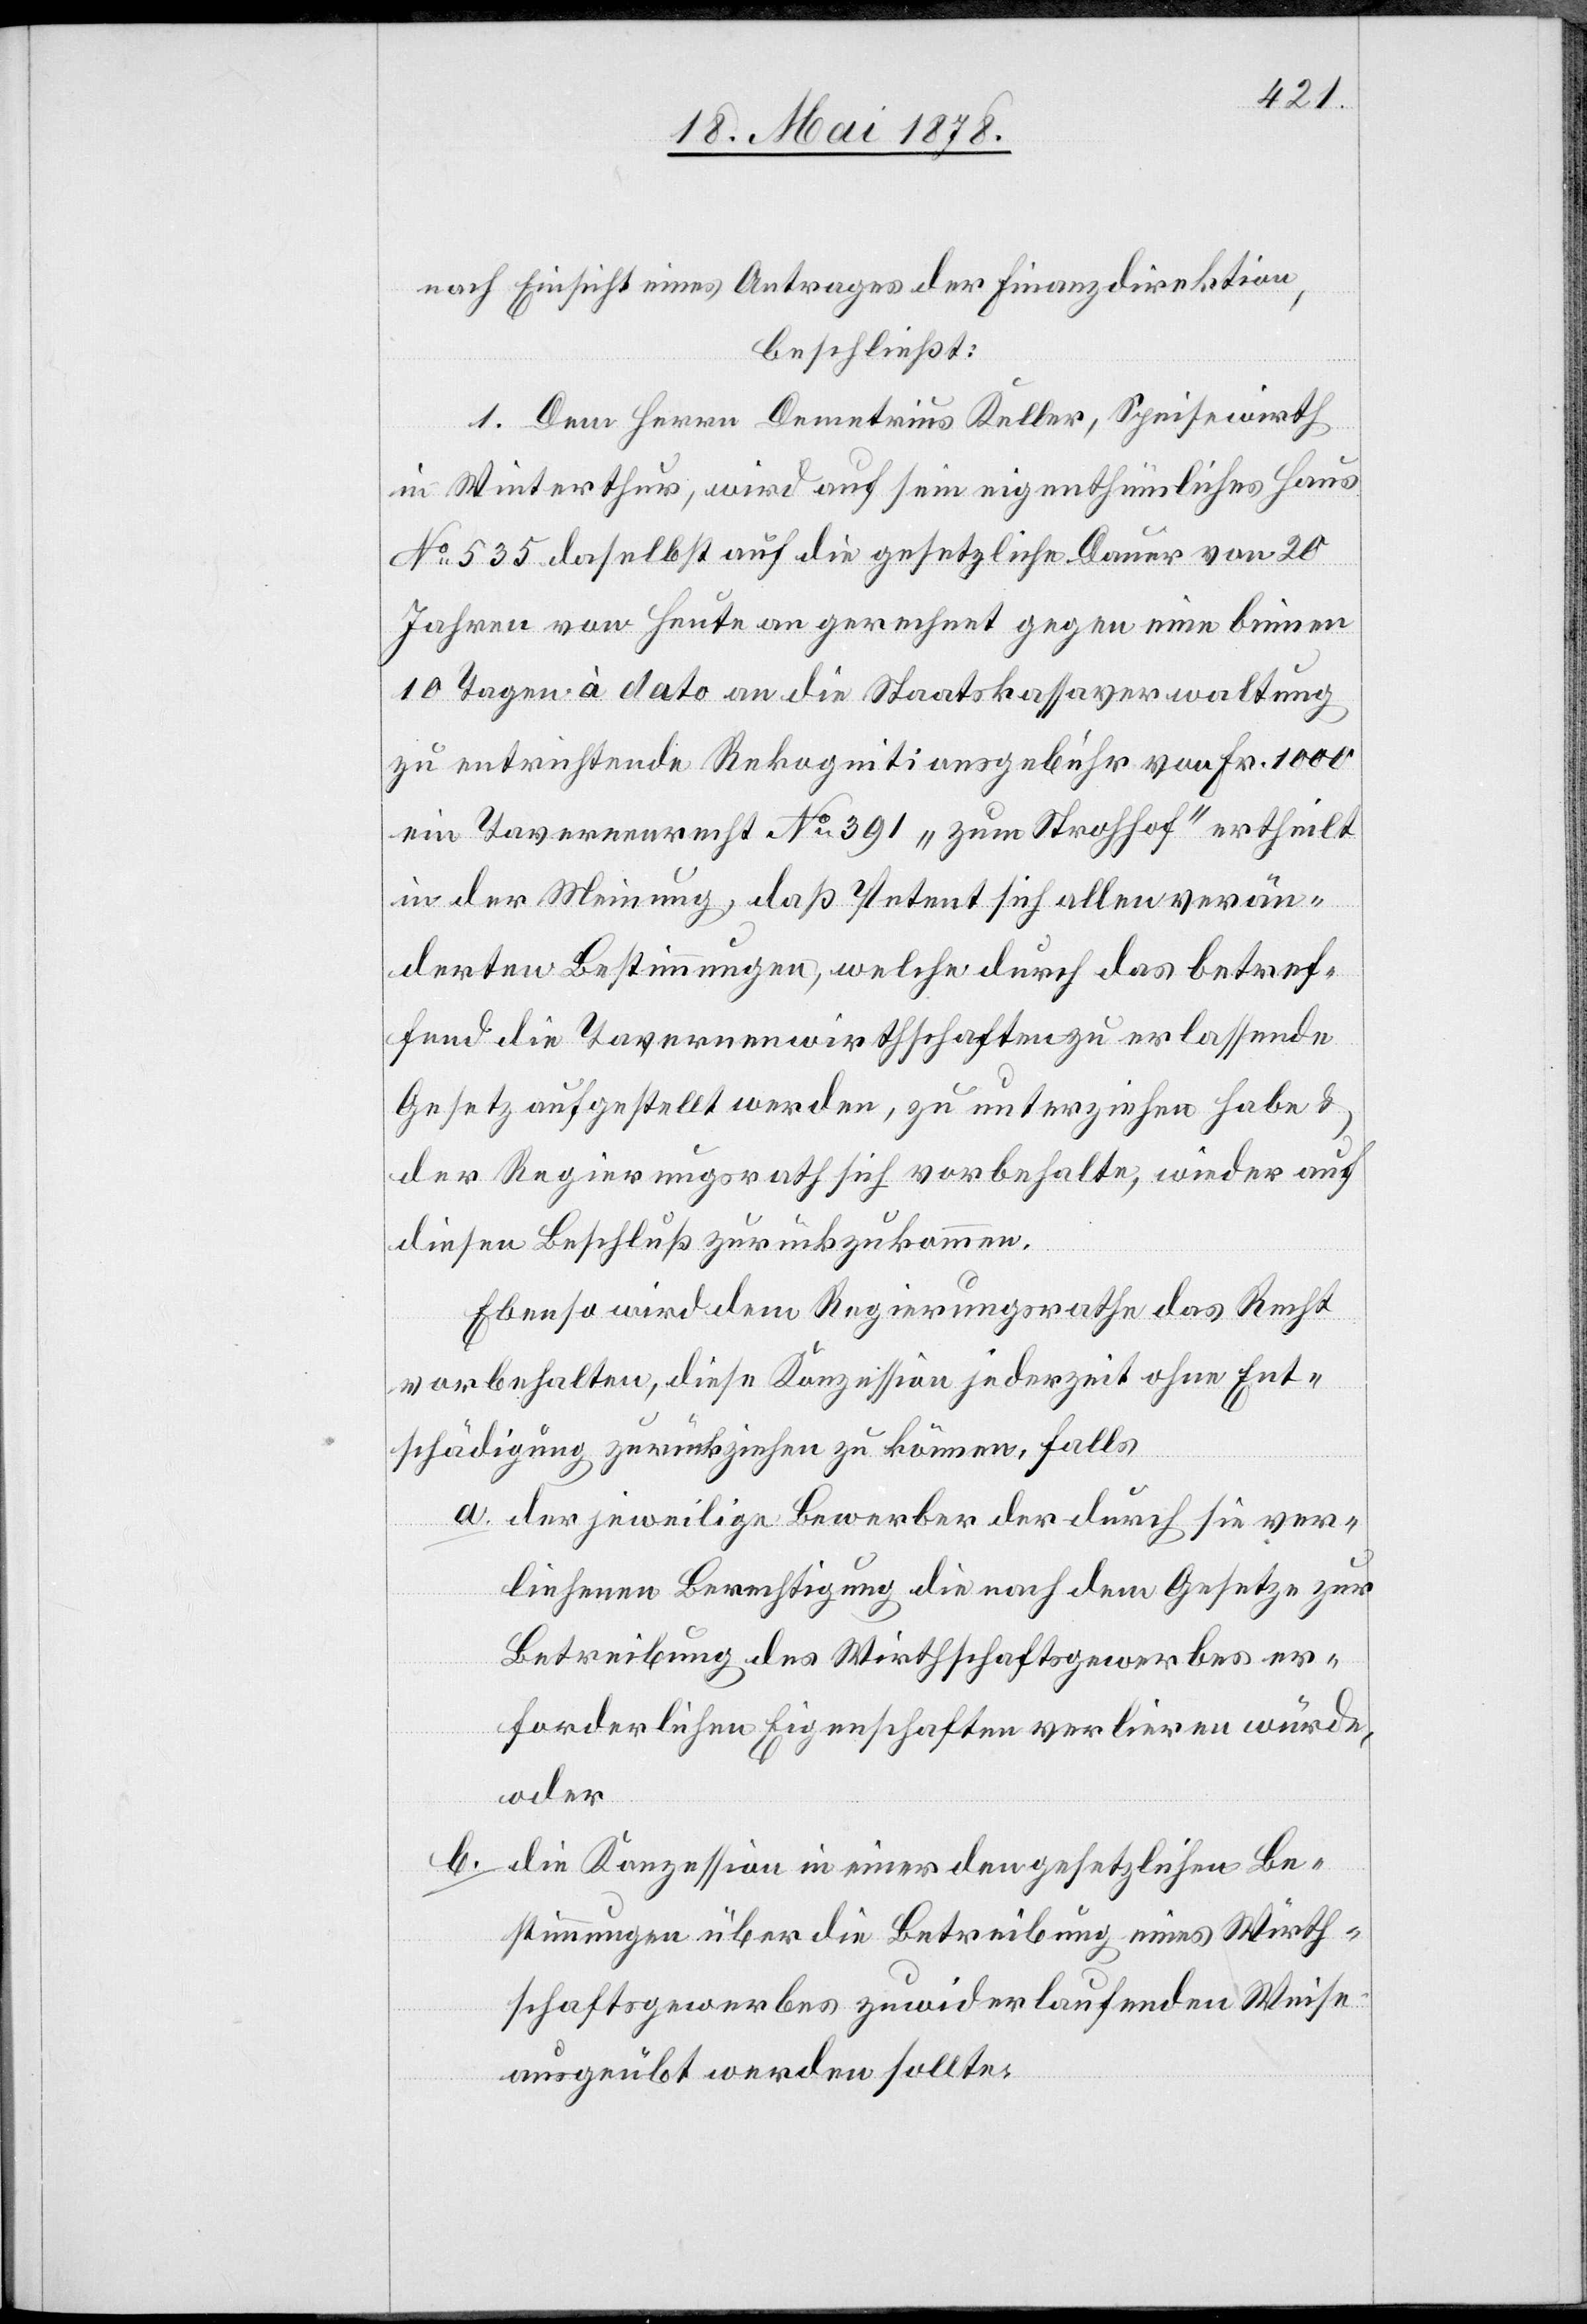
nach Einsicht eines Antrages der Finanzdirektion,
beschließt:
1. Dem Herrn Demetrius Keller, Speisewirth
in Winterthur, wird auf sein eigenthümliches Haus
No 535 daselbst auf die gesetzliche Dauer von 20
Jahren von heute an gerechnet gegen eine binnen
10 Tagen à dato an die Staatskassaverwaltung
zu entrichtende Rekognitionsgebühr von Fr. 1000
ein Tavernenrecht No 391 „zum Strohhof“ ertheilt
in der Meinung, daß Petent sich allen verän¬
derten Bestimmungen, welche durch das betref¬
fend die Tavernenwirthschaften zu erlassende
Gesetz aufgestellt werden, zu unterziehen habe &
der Regierungsrath sich vorbehalte, wieder auf
diesen Beschluß zurückzukommen.
Ebenso wird dem Regierungsrathe das Recht
vorbehalten, diese Konzession jederzeit ohne Ent¬
schädigung zurückziehen zu können, falls
der jeweilige Bewerber der durch sie ver¬
liehenen Berechtigung die nach dem Gesetze zur
Betreibung des Wirthschaftsgewerbes er¬
forderlichen Eigenschaften verlieren würde,
oder
b.
die Konzession in einer den gesetzlichen Be¬
stimmungen über die Betreibung eines Wirth¬
schaftsgewerbes zuwiderlaufenden Weise
ausgeübt werden sollte.